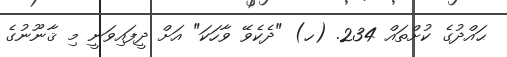
ޙައްދުގެ ކުށްތައް 234. (ހ) "ދެކެވޭ ވާހަކަ" އަށް ދީފައިވަނީ މި ޤާނޫނުގެ